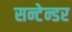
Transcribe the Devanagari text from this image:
सन्टेन्डर